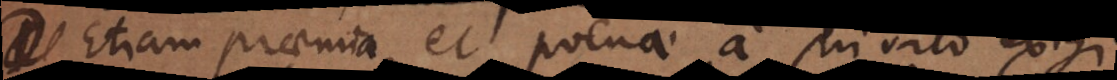
Etiam praemia et poenae a privato exigi